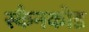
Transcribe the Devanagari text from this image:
स्कैनकोड